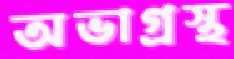
অভাগ্রস্থ